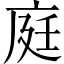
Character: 庭